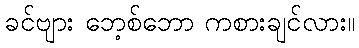
ခင်ဗျား ဘေ့စ်ဘော ကစားချင်လား။